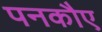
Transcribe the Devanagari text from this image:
पनकौए